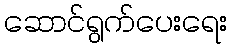
ဆောင်ရွက်ပေးရေး